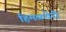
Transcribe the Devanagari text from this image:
हिमळचेरी